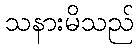
သနားမိသည်